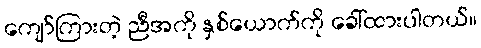
ကျော်ကြားတဲ့ ညီအကို နှစ်ယောက်ကို ခေါ်ထားပါတယ်။